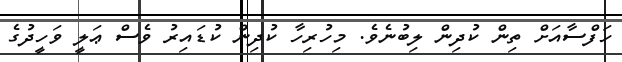
ހަފްސާއަށް ތިން ކުދިން ލިބުނެވެ. މިހުރިހާ ކުދިން ކުޑައިރު ވެސް ޢަލީ ވަހީދުގެ